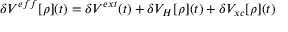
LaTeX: \delta V ^ { e f f } [ \rho ] ( t ) = \delta V ^ { e x t } ( t ) + \delta V _ { H } [ \rho ] ( t ) + \delta V _ { x c } [ \rho ] ( t )